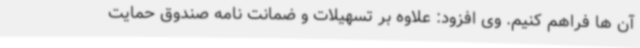
آن ها فراهم کنیم. وی افزود: علاوه بر تسهیلات و ضمانت نامه صندوق حمایت